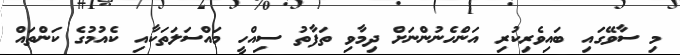
މި ސާވޭގައި ބައިވެރިކުރި އަންހެނުންނަށް ދިމާވި ތަފާތު ސިއްހީ މައްސަލަތަކާއި ކެއުމުގެ ކަންތައް